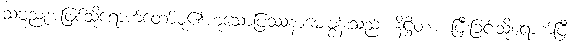
သဗ္ဗညုအဖြစ်သို့ရောက်တော်မူ၏ဟူသောပြဿနာမေးခွန်းသည်။ နိဋ္ဌိတာ၊ ပြီးခြင်းသို့ရောက်ပြီ။